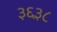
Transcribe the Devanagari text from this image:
३६३८